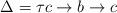
LaTeX: \begin{align*} \Delta = \tau c \rightarrow b \rightarrow c\end{align*}